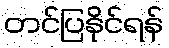
တင်ပြနိုင်ရန်